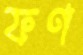
ফণ